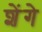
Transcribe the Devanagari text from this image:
शेंगे